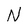
Character: N